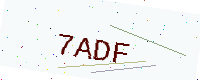
Text: 7ADF